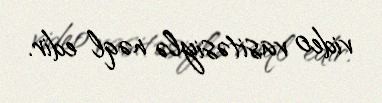
video vasitəsiylə nəql edir.